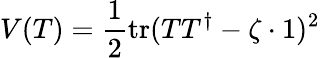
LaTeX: V(T)=\frac 12\mathrm{tr}(TT^{\dagger}-\zeta\cdot 1)^{2}